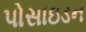
પોસાઇડન